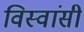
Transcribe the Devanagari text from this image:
विस्‍वांसी